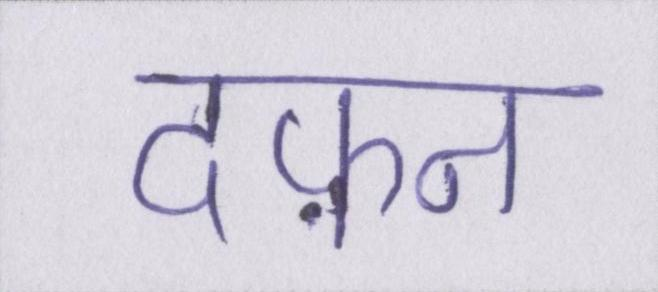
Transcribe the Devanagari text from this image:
दफ़न